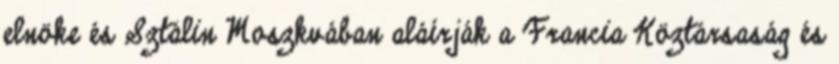
elnöke és Sztálin Moszkvában aláírják a Francia Köztársaság és